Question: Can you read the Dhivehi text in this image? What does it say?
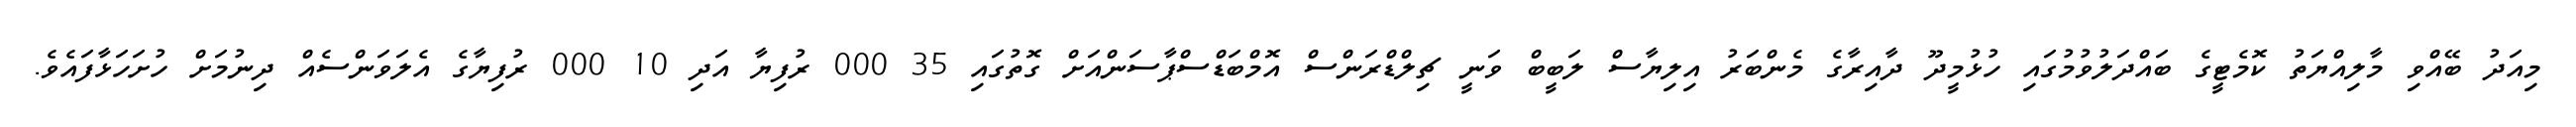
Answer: މިއަދު ބޭއްވި މާލިއްޔަތު ކޮމެޓީގެ ބައްދަލުވުމުގައި ހުޅުމީދޫ ދާއިރާގެ މެންބަރު އިލިޔާސް ލަބީބް ވަނީ ޗިލްޑްރަންސް އޮމްބަޑްސްޕާސަންއަށް ގޮތުގައި 35 000 ރުފިޔާ އަދި 10 000 ރުފިޔާގެ އެލަވަންސެއް ދިނުމަށް ހުށަހަޅާފައެވެ.